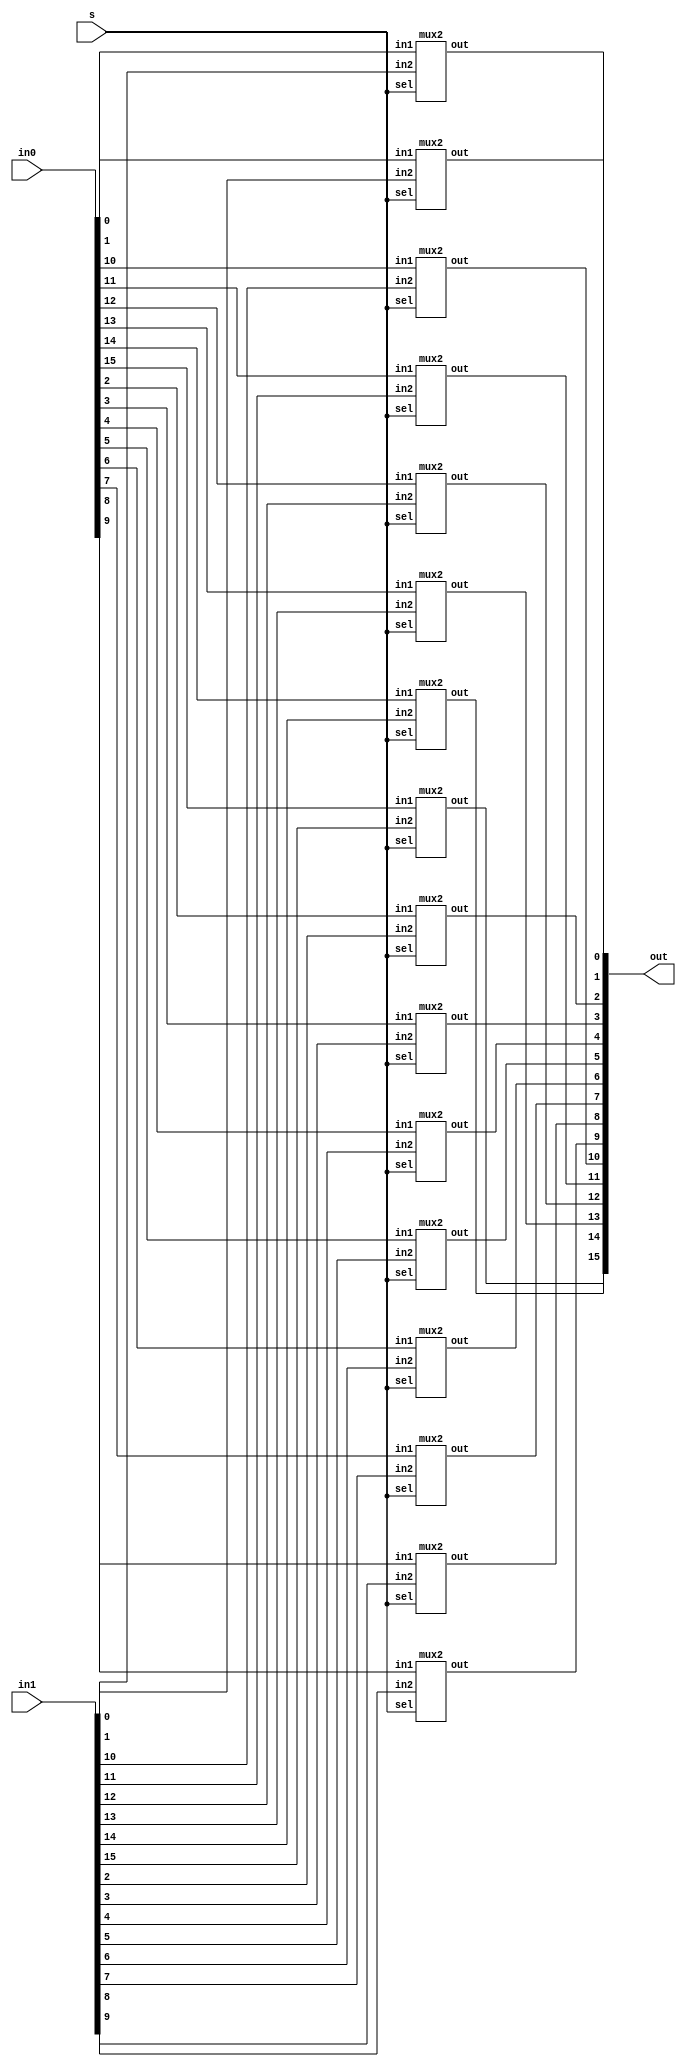

module mux2_16bit (in0, in1, s, out);
  input [15:0] in0, in1; 
  input s;
  output [15:0] out;
  
  mux2 m0 (in0[0], in1[0], s, out[0]);
  mux2 m1 (in0[1], in1[1], s, out[1]);
  mux2 m2 (in0[2], in1[2], s, out[2]);
  mux2 m3 (in0[3], in1[3], s, out[3]);
  mux2 m4 (in0[4], in1[4], s, out[4]);
  mux2 m5 (in0[5], in1[5], s, out[5]);
  mux2 m6 (in0[6], in1[6], s, out[6]);
  mux2 m7 (in0[7], in1[7], s, out[7]);
  mux2 m8 (in0[8], in1[8], s, out[8]);
  mux2 m9 (in0[9], in1[9], s, out[9]);
  mux2 m10 (in0[10], in1[10], s, out[10]);
  mux2 m11 (in0[11], in1[11], s, out[11]);
  mux2 m12 (in0[12], in1[12], s, out[12]);
  mux2 m13 (in0[13], in1[13], s, out[13]);
  mux2 m14 (in0[14], in1[14], s, out[14]);
  mux2 m15 (in0[15], in1[15], s, out[15]);

endmodule

module mux2 (in1, in2, sel, out);
  input in1, in2, sel;
  output out;
  notgate n1 (sel, nsel);
  nandgate n2 (in1, nsel, x1);
  nandgate n3 (in2, sel, x2);
  nandgate n4 (x1, x2, out);

endmodule

module nandgate (a, b, y);
  input a, b;
  output y;
  assign y = ~(a&b);
endmodule

module notgate (a, b);
  input a;
  output b;
  assign b = ~a;
endmodule